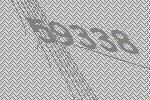
59338